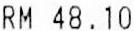
RM 48.10